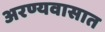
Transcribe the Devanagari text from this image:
अरण्यवासात